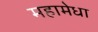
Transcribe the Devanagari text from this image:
महामेधा